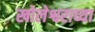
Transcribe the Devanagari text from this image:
खोलेश्वराच्या